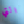
التي